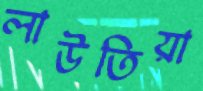
লাউতিয়া